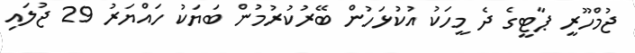
ޖުމްހޫރީ ޕާޓީގެ ދެ މީހަކު އުކުޅަހުން ބޭރުކުރުމުން ބަޔަކު ހައްޔަރު 29 ޖުލައި